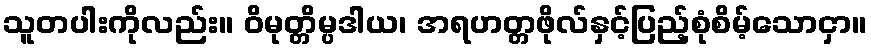
သူတပါးကိုလည်း။ ဝိမုတ္တိမ္ပဒါယ၊ အရဟတ္တဖိုလ်နှင့်ပြည့်စုံစိမ့်သောငှာ။